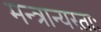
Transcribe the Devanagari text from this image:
मन्त्रान्यस्ताः